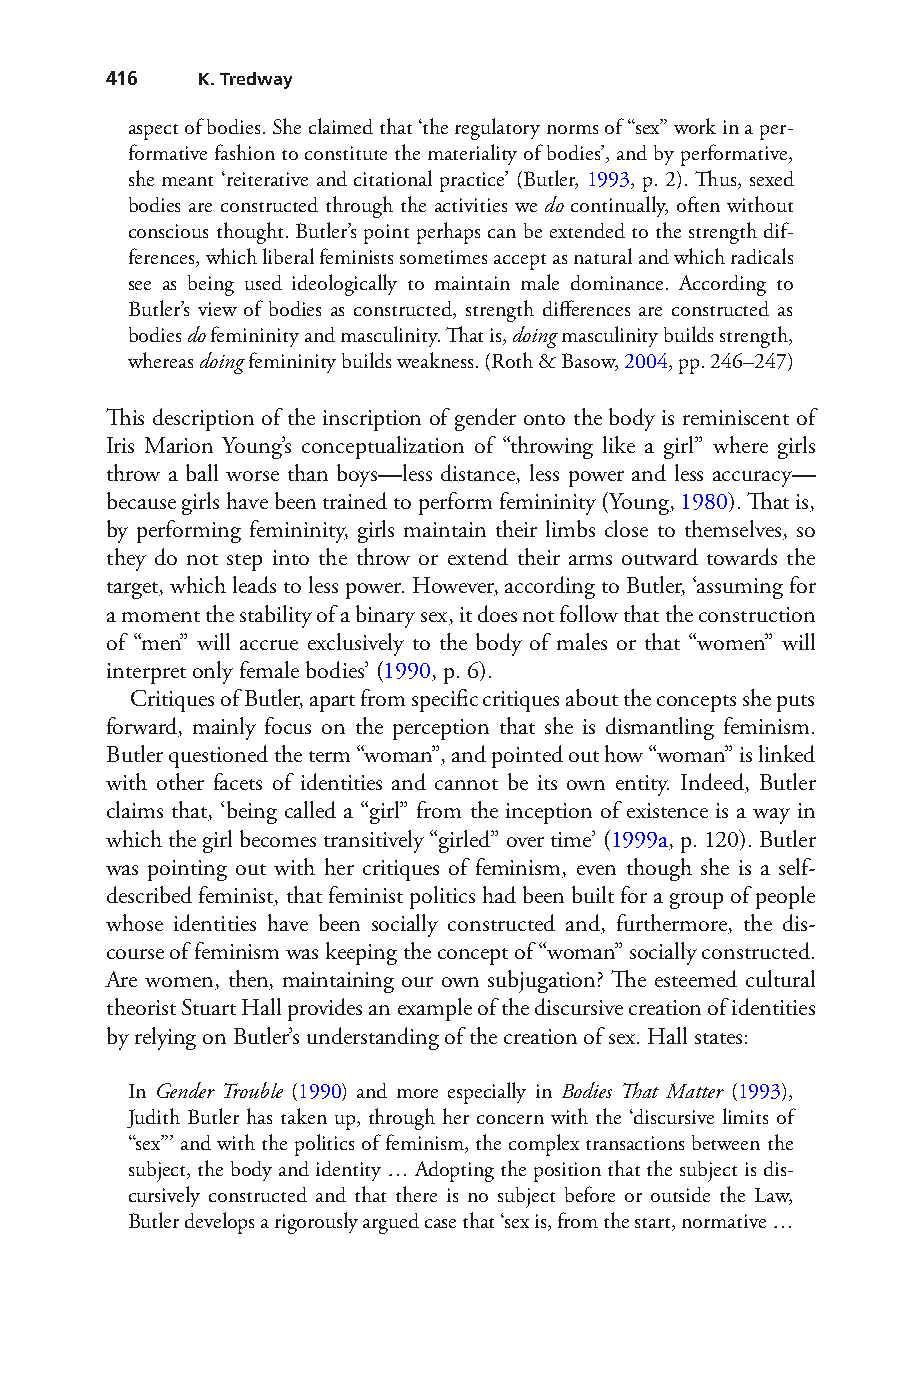
416   K. Tredway
 aspect of bodies. She claimed that ‘the regulatory norms of “sex” work in a per-
 formative fashion to constitute the materiality of bodies’, and by performative,
 she meant ‘reiterative and citational practice’ (Butler, 1993, p. 2). Thus, sexed
 bodies are constructed through the activities we do continually, often without
 conscious thought. Butler’s point perhaps can be extended to the strength dif-
 ferences, which liberal feminists sometimes accept as natural and which radicals
 see as being used ideologically to maintain male dominance. According to
 Butler’s view of bodies as constructed, strength differences are constructed as
 bodies do femininity and masculinity. That is, doing masculinity builds strength,
 whereas doing femininity builds weakness. (Roth & Basow, 2004, pp. 246–247)
 This description of the inscription of gender onto the body is reminiscent of
 Iris Marion Young’s conceptualization of “throwing like a girl” where girls
 throw a ball worse than boys—less distance, less power and less accuracy—
 because girls have been trained to perform femininity (Young, 1980). That is,
 by performing femininity, girls maintain their limbs close to themselves, so
 they do not step into the throw or extend their arms outward towards the
 target, which leads to less power. However, according to Butler, ‘assuming for
 a moment the stability of a binary sex, it does not follow that the construction
 of “men” will accrue exclusively to the body of males or that “women” will
 interpret only female bodies’ (1990, p. 6).
 Critiques of Butler, apart from specific critiques about the concepts she puts
 forward, mainly focus on the perception that she is dismantling feminism.
 Butler questioned the term “woman”, and pointed out how “woman” is linked
 with other facets of identities and cannot be its own entity. Indeed, Butler
 claims that, ‘being called a “girl” from the inception of existence is a way in
 which the girl becomes transitively “girled” over time’ (1999a, p. 120). Butler
 was pointing out with her critiques of feminism, even though she is a self-
 described feminist, that feminist politics had been built for a group of people
 whose identities have been socially constructed and, furthermore, the dis-
 course of feminism was keeping the concept of “woman” socially constructed.
 Are women, then, maintaining our own subjugation? The esteemed cultural
 theorist Stuart Hall provides an example of the discursive creation of identities
 by relying on Butler’s understanding of the creation of sex. Hall states:
 In Gender Trouble (1990) and more especially in Bodies That Matter (1993),
 Judith Butler has taken up, through her concern with the ‘discursive limits of
 “sex”’ and with the politics of feminism, the complex transactions between the
 subject, the body and identity … Adopting the position that the subject is dis-
 cursively constructed and that there is no subject before or outside the Law,
 Butler develops a rigorously argued case that ‘sex is, from the start, normative …